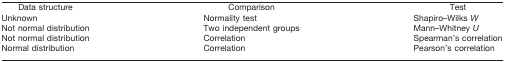
| Data structure | Comparison | Test |
 | --- | --- | --- |
 | Unknown | Normality test | Shapiro–Wilks W |
 | Not normal distribution | Two independent groups | Mann–Whitney U |
 | Not normal distribution | Correlation | Spearman’s correlation |
 | Normal distribution | Correlation | Pearson’s correlation |